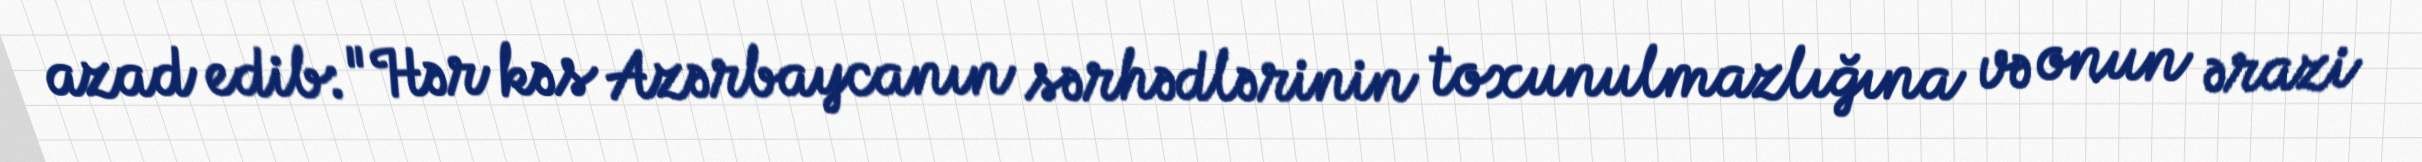
azad edib: "Hər kəs Azərbaycanın sərhədlərinin toxunulmazlığına və onun ərazi